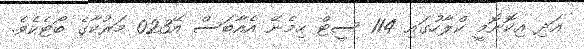
އަދި އިކޮނޮމީ ކްލާހުގައި 114 ސީޓް ހިމެނޭ އެއާބަސް އޭ023 މަރުކާގެ ބޯޓެކެވެ.